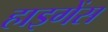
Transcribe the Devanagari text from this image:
हाइगेंस